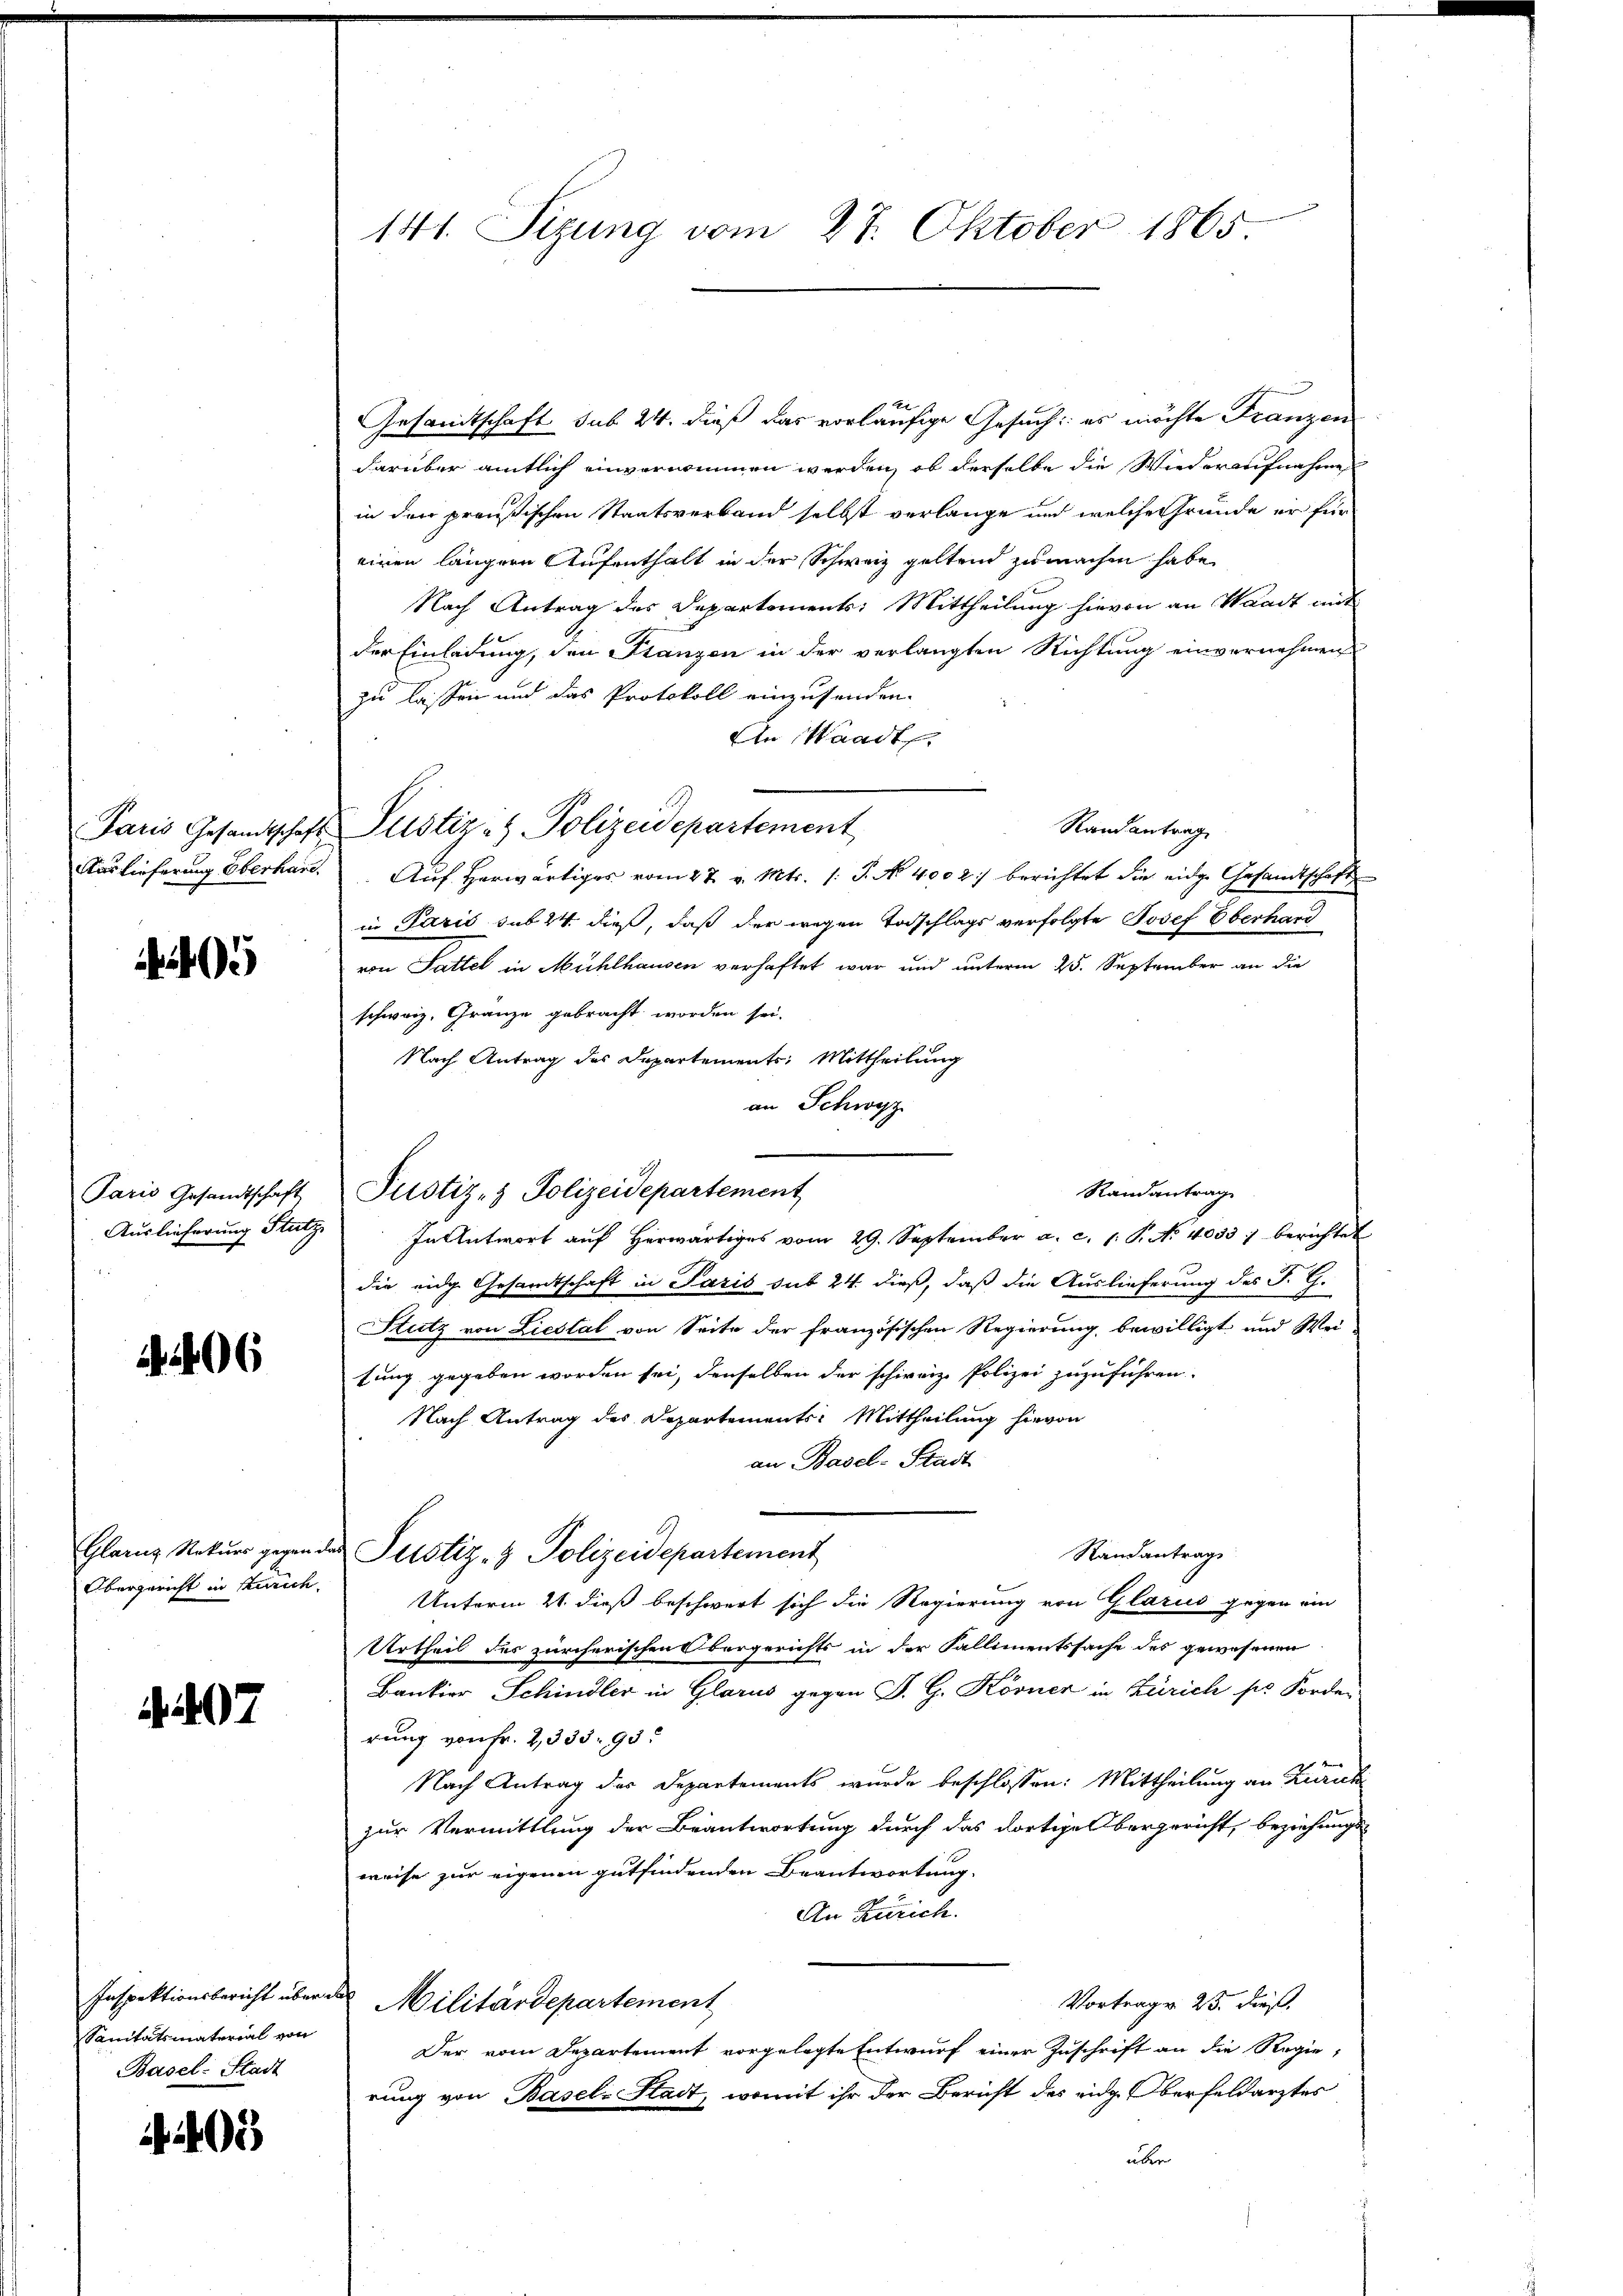
6

897

Sanitätsmaterial von
Basel-Stadt

4

Gesandtschaft sub 24. dieß das vorläufige Gesuch: es möchte Franzen
darüber amtlich einvernimmen werden, ob derselbe die Wiederaufnahme
in den preußischen Staatsverband selbst verlange und welche Gründe er für
einen längere Aufenthalt in der Schweiz geltend zu machen habe,
Nach Antrag des Departement: Mittheilung hievon an Waadt mit
der Einladung, den Stanzen in der verlangten Richtung einvernehmen
zu lassen und das Protokoll einzusenden.
An Staadt,
Randantrag
Auslieferung Eberhard. Aŭf herwärtiges vom 27. v. Mts. s. S. No 4002) berichtet die eidge Gesamtschaft
in Paris sub 24. dieß, daß der wegen Todschlags verfolgte Josef Oberhard
von Sattel in Mühlhausen verhaftet war und unterm 25. September an die
schweiz. Gränze gebracht worden sei.
Nach Antrag des Departements: Mittheilung
an Schwyz
Randantrag
Auslieferung Stutz. In Antwort aŭf herwärtiges vom 29. September a. c. 1. P. No. 4033) berichtet
die eidg. Gesandtschaft in Paris sub 24 dieß, daß die Auslieferung des J. G.
Stutz von Liestal von Seite der französischen Regierung bewilligt und Wei-
sung gegeben worden sei, denselben der schweiz. Polizei zuzuführen.
Nach Antrag des Departements-Mittheilung hievon
an Basel-Stadt
Glanz Naturs gegen der Perstiz- & Polizeidepartement
Randantrag
Obergericht in Sturich. Unterm 21. dieß beschwert sich die Regierung von Glarus gegen ein
Urtheil des zürcherischen Obergerichts in der Fallimentssache des gewesenen
Bankier Schindler in Glarus gegen P. G. Körner in Zürich pr. Forder
rung von Fr. 2, 333. 93.
Nach Antrag des Departements wurde beschlossen: Mittheilung an Zuruk
zur Vermittlung der Beantwortung durch das dortige Obergericht, beziehungsweise zur eigenen gutfindenden Beantwortung.
An Zürich.
Inspektionsbericht überal Militärdepartement
Vortrag v. 25. dieß
Der vom Departement vorgelegte Entwurf einer Zuschrift an die Regie-
rung von Basel-Stadt, womit ihr der Bericht des eidg. Oberfeldarztes
über

141. Sizung vom 27. Oktober 1865

Paris Gesandtschaft Pustiz- & Polizeidepartement

Paris Gesandtschaft Pustiz- & Polizeidepartement